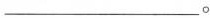
___。